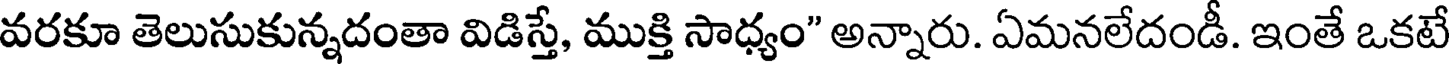
వరకూ తెలుసుకున్నదంతా విడిస్తే, ముక్తి సాధ్యం" అన్నారు. ఏమనలేదండీ. ఇంతే ఒకటే